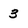
Character: 3